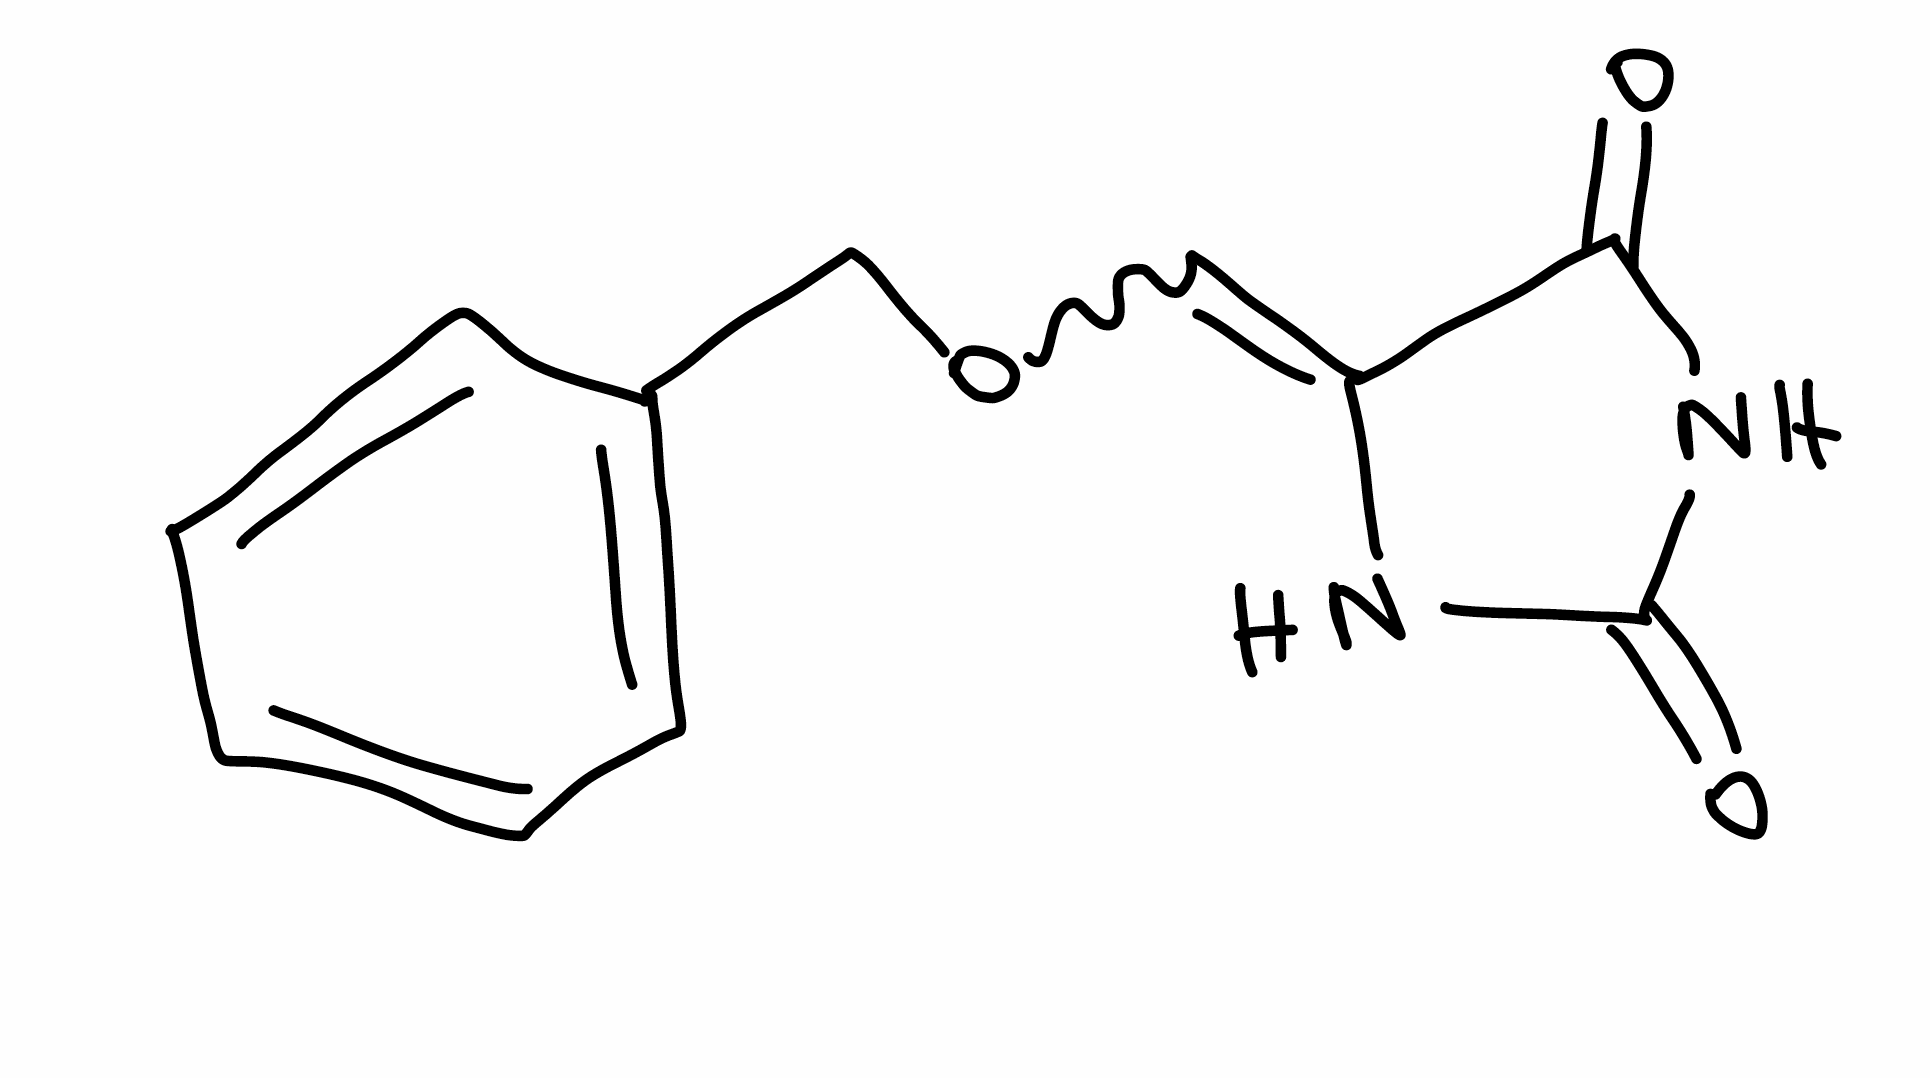
Simplified molecular-input line-entry system (SMILES) notation of the given molecule:
C1=CC=C(C=C1)COC=C2C(=O)NC(=O)N2